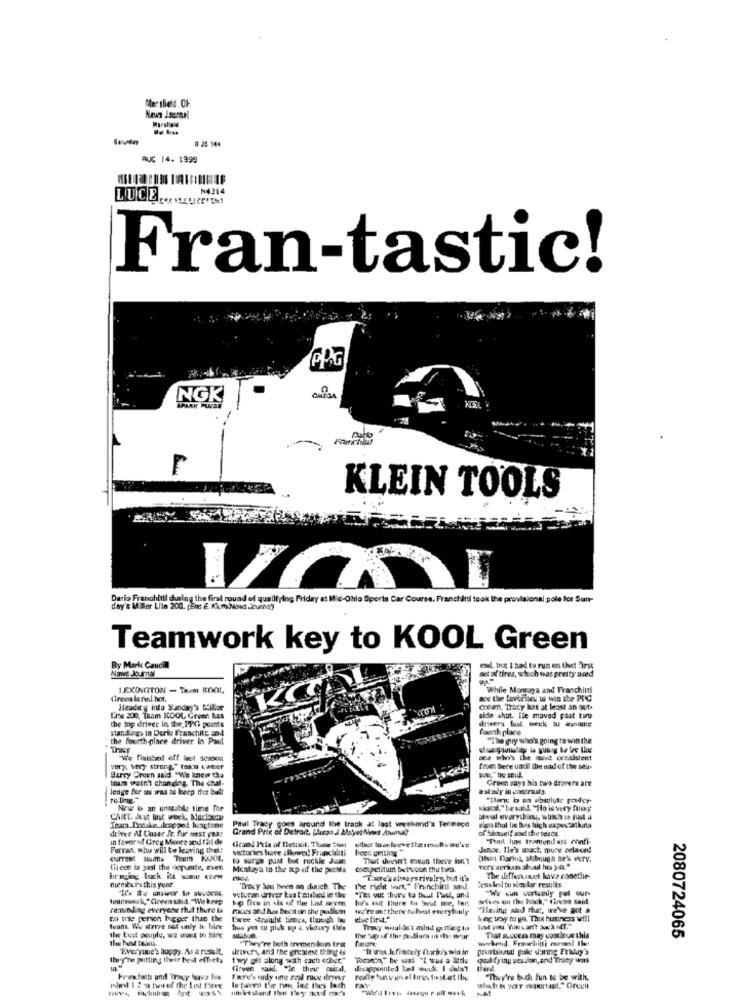
News Jsemnel
0 25 144
auc 14. 1999
N4314
LUCE ....
Fran-tastic!
NOK
F
KLEIN TOOLS
Dario Franchitti chusing the first round of quaillying Friday at Mid-Ohio Sports
Car Course. Franchitti took the provisional pole for Sun-
day's Miller Lite 200. (Enc E. Kim Novd .comno)
Teamwork key to KOOL Green
News Journal
By Mark Caudal
set of tires, which was pretty used
end, bin I had to run en thet Irst
LEXINGTON - Ten KOOL
While Montoya and Franchitti
freea lanal hot.
ace the favorites to win the PIC
Headary into Sunday's Stiller
Crean, Tracy hust at least an out.
Lite 200, Team KOOL Green: Las
side shot. Ite maved past two
drivers hust week - - we
the top driver in the PPG points
Mand iner in Derle FranchitE and
Courth place
the fourth -place driver In Paul
"The guy who's going to win the
"Viis finished off let semden
one who's the mont consistent
Barry Creen aald. "We knew the
very, very strong." tran water
frueh bere until the end of the sea-
tourn wain't chan dag. The chal-
Groen says his two drivers are
lenge for its was to keep the bell
astady in contrasts.
rolling"
News & an unstable time for
sol."hesaid, "Ho is very fuexy
Icara Danske kappel leaytime
deiver Al Unser Jr. for next year
Grand Prix of Detroit, Para J AlayetNies Animal
goes around the track at last weekend's Tenneco
of Shmeif and the toads.
in favor of Grey Meere and fal de
"Thatit has trentendi uss ovnfi-
Forran, whu will be leaving thel"
Grand Prix of Detrail, These Dubei
victories have allowed! Franchitti
ullact loa:bvevettersulls we've
Jence. Ile's wach mune nelaund
That doesn't mean three isn't
fiteen is yol the ogpuste, even
Mentaya to the top of the poetis
competitiun between the tuea.
very serious about his jua."
bringing lock it some crew
Taxes alwaysrivalry, butt it's
The differunes have ronethe-
membersthis year.
"Tracy has been no such. The
The right sont," Franchitti sud.
Cessledd tu sim lar results.
leanverk,"Greensaid, "Wekeep
top five in six of the last seven
he's out there to beat me, lert
wives on the back," dieces said.
reakundlag everyene that there is raus and has bect on the polis
wire ont there tu bid everylily
"Having said that, we've got a
to the person bigger than the
three straight times, though bu
ebee first."
Ing way to go. Thee business will
Wean We strive not unly ta, likee
bus yut tu pick up & visuery this
Trocy woalle't mlad getting tu
the tust peuple, we want to hire
That soccas may combnue this
2080724065
drivers and the greatest thing is
"They're both cremenikun test
gruntskatal pule sharing Friday's
they're putting their best efforty
t'wy get along with each conct.
queldying session, and Tracy was
firven said. "In their mawird,
disappointed boed wouk. I didat
Freshalt und Tracy hava fra
fare's only une real race driver
"They're buch fun to be with,
Hled 1 2 -9 tief the Lost here
la tera the he let they lach